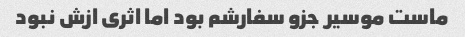
ماست موسیر جزو سفارشم بود اما اثری ازش نبود